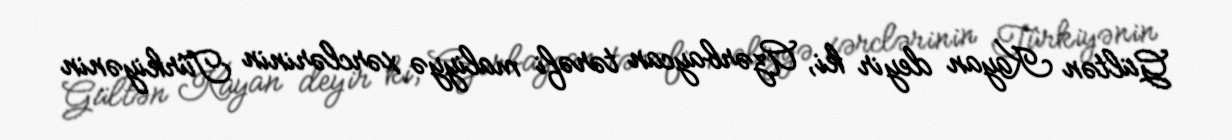
Gültən Kayan deyir ki, Azərbaycan tərəfi maliyyə xərclərinin Türkiyənin